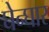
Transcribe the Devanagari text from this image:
घेन्घार